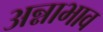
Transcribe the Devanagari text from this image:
अन्नाभाव